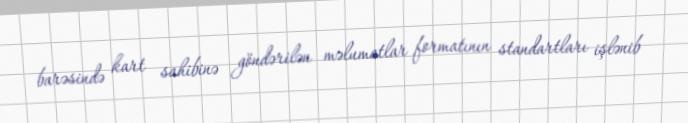
barəsində kart sahibinə göndərilən məlumatlar formatının standartları işlənib